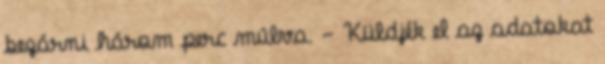
bezárni három perc múlva. - Küldjék el az adatokat